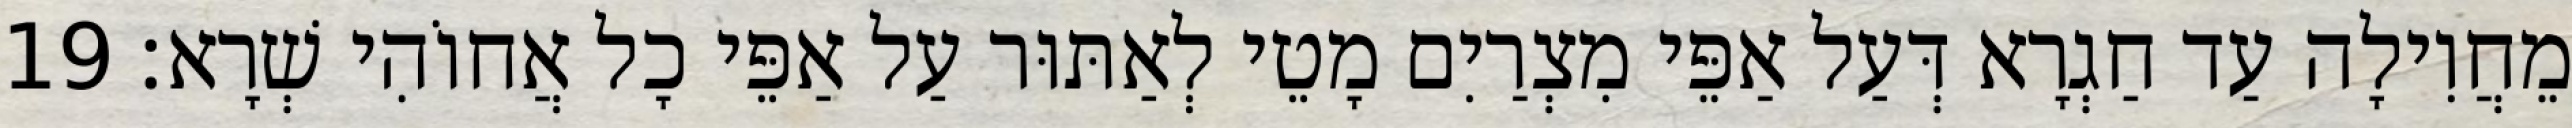
מֵחֲוִילָה עַד חַגְרָא דְּעַל אַפֵּי מִצְרַיִם מָטֵי לְאַתּוּר עַל אַפֵּי כָל אֲחוֹהִי שְׁרָא׃ 19